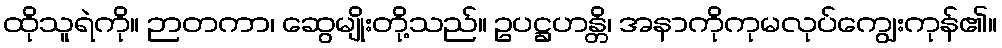
ထိုသူရဲကို။ ဉာတကာ၊ ဆွေမျိုးတို့သည်။ ဥပဋ္ဌဟန္တိ၊ အနာကိုကုမလုပ်ကျွေးကုန်၏။